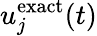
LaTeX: u_{j}^{\textnormal{exact}}(t)